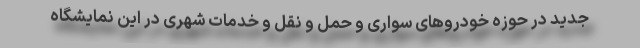
جدید در حوزه خودروهای سواری و حمل و نقل و خدمات شهری در این نمایشگاه